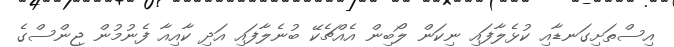
އިސްތަށިގަނޑާއި ކުޅެލާފައި ނިކަން ލޯބިން އެއްޗެކޭ ބުނެލާފައި އަދި ކާއިއާ ފެނުމުން ޖިންސްގެ